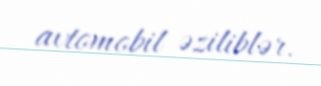
avtomobil əziliblər.